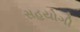
સહયોગી